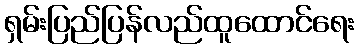
ရှမ်းပြည်ပြန်လည်ထူထောင်ရေး